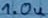
Text: 1.0u